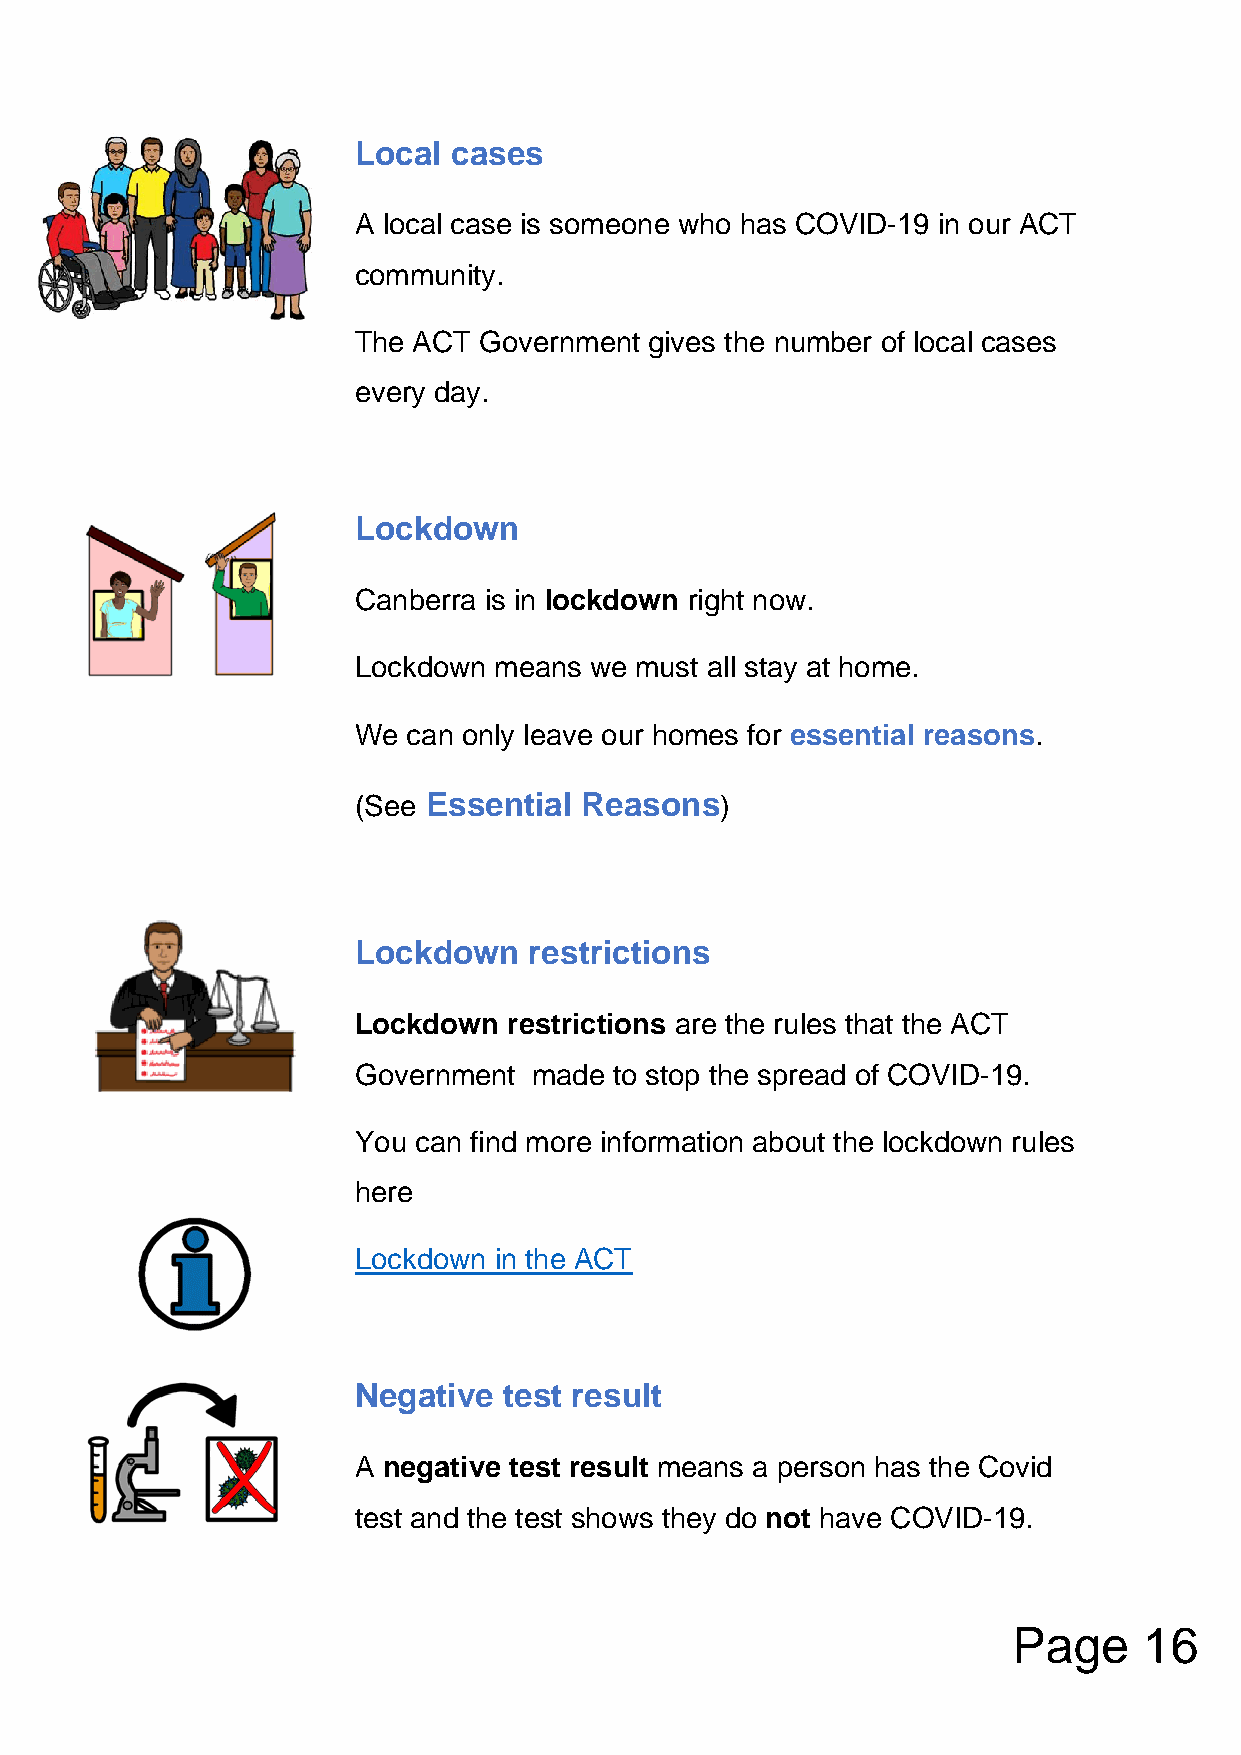
Local  cases
 A local case is someone who has COVID-19 in our ACT
 community.
 The ACT  Government gives the number of local cases
 every day.
 Lockdown
 Canberra is in lockdown right now.
 Lockdown  means we must all stay at home.
 We  can only leave our homes for essential reasons.
 (See Essential Reasons)
 Lockdown    restrictions
 Lockdown   restrictions are the rules that the ACT
 Government  made  to stop the spread of COVID-19.
 You can find more information about the lockdown rules
 here
 Lockdown  in the ACT
 Negative  test result
 A negative test result means a person has the Covid
 test and the test shows they do not have COVID-19.
 Page     16